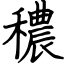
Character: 穠